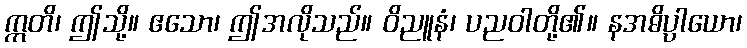
ဣတိ၊ ဤသို့။ ဧသော၊ ဤအလိုသည်။ ဝိညူနံ၊ ပညဝါတို့၏။ နအဓိပ္ပါယော၊